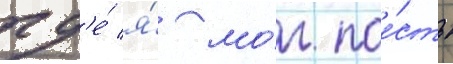
гд'е́ я́ мо́г пое́сть